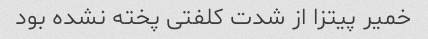
خمیر پیتزا از شدت کلفتی پخته نشده بود